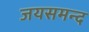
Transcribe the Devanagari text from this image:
जयसमन्‍द